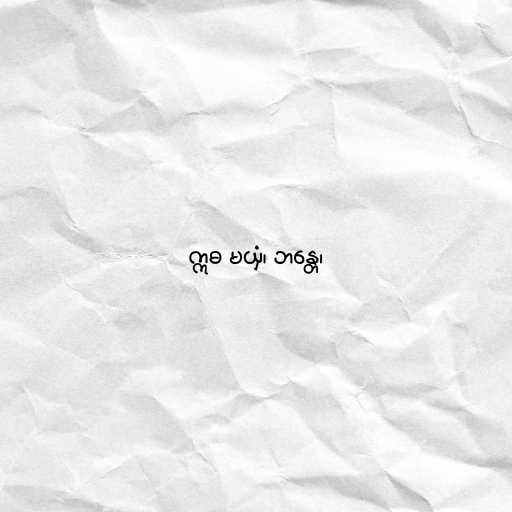
ဣဓ မယှံ၊ ဘန္တေ၊